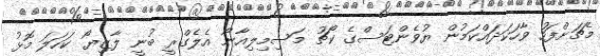
މެޗަށްފަހު ވާހަކަދައްކަމުން ޔުވެންޓަސްގެ ކޯޗު މަސިމިލިއާނޯ އެލެގްރީ ބުނީ ލާޒިޔޯ ކަހަލަ މޮޅު